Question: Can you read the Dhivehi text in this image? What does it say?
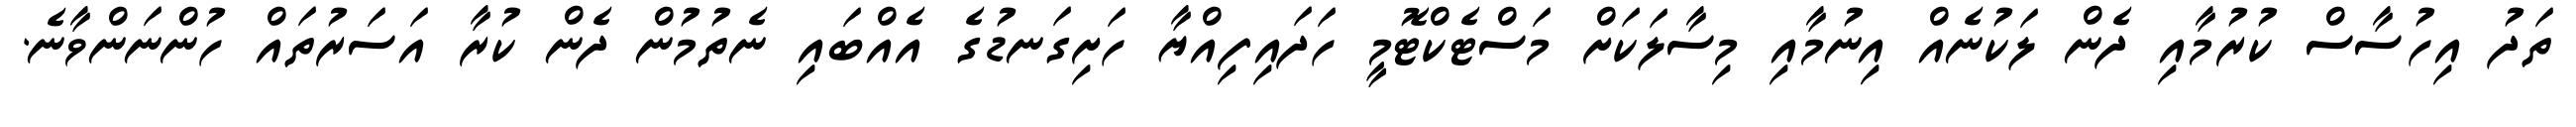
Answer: ތަދު އިހުސާސް ކުރުމާއި ދެން ލަކުނެއް އިނުމާއި މިސާލަކަށް މަސްޓެކްޓޮމީ ހަދައިފިއްޔާ ހަށިގަނޑުގެ އެއްބައި ނެތުމުން ދެން ކުރާ އަސަރުތައް ހުންނަންވާނެ.